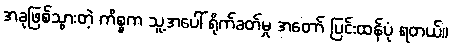
အခုဖြစ်သွားတဲ့ ကိစ္စက သူ့အပေါ် ရိုက်ခတ်မှု အတော် ပြင်းထန်ပုံ ရတယ်။